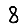
Digit: 8